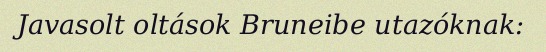
Javasolt oltások Bruneibe utazóknak: